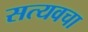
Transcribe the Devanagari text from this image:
सत्यवचा